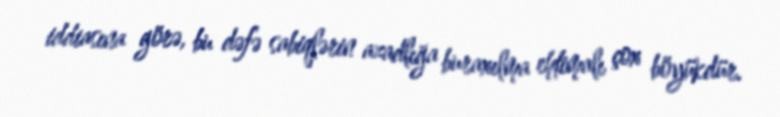
iddiasına görə, bu dəfə sabiqlərin azadlığa buraxılma ehtimalı çox böyükdür.